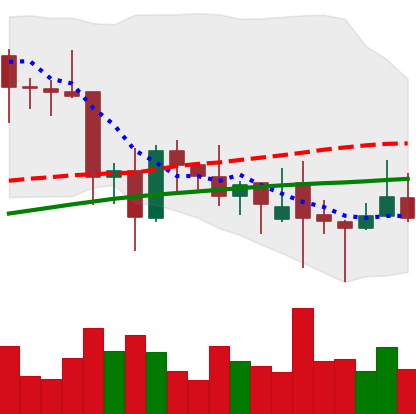
Ticker: XLM-USD
Chart end date: 2021-12-01
Forward return: -9.711%
Label: down_7plus